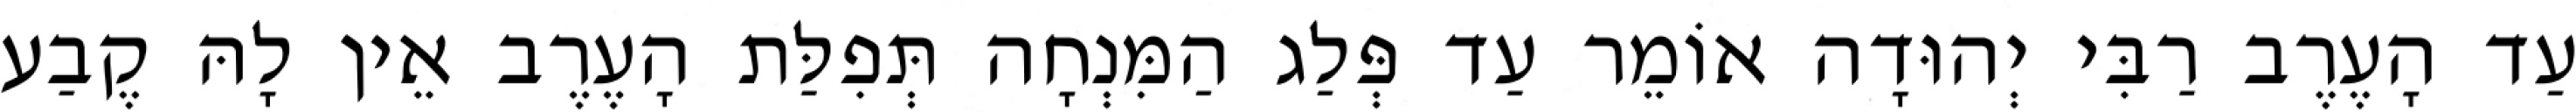
עַד הָעֶרֶב רַבִּי יְהוּדָה אוֹמֵר עַד פְּלַג הַמִּנְחָה תְּפִלַּת הָעֶרֶב אֵין לָהּ קֶבַע